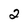
Character: 2